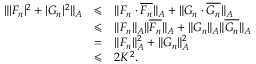
\begin{array} { l c l } { \| | F _ { n } | ^ { 2 } + | G _ { n } | ^ { 2 } \| _ { A } } & { \leqslant } & { \| F _ { n } \cdot \overline { { F _ { n } } } \| _ { A } + \| G _ { n } \cdot \overline { { G _ { n } } } \| _ { A } } \\ & { \leqslant } & { \| F _ { n } \| _ { A } \| \overline { { F _ { n } } } \| _ { A } + \| G _ { n } \| _ { A } \| \overline { { G _ { n } } } \| _ { A } } \\ & { = } & { \| F _ { n } \| _ { A } ^ { 2 } + \| G _ { n } \| _ { A } ^ { 2 } } \\ & { \leqslant } & { 2 K ^ { 2 } . } \end{array}